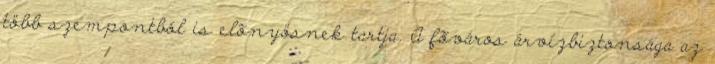
több szempontból is elõnyösnek tartja. A fõváros árvízbiztonsága az